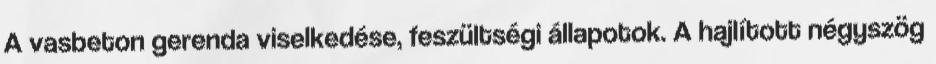
A vasbeton gerenda viselkedése, feszültségi állapotok. A hajlított négyszög